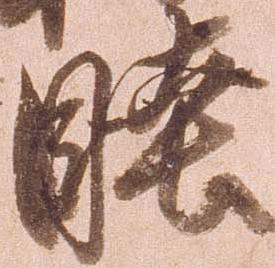
睦